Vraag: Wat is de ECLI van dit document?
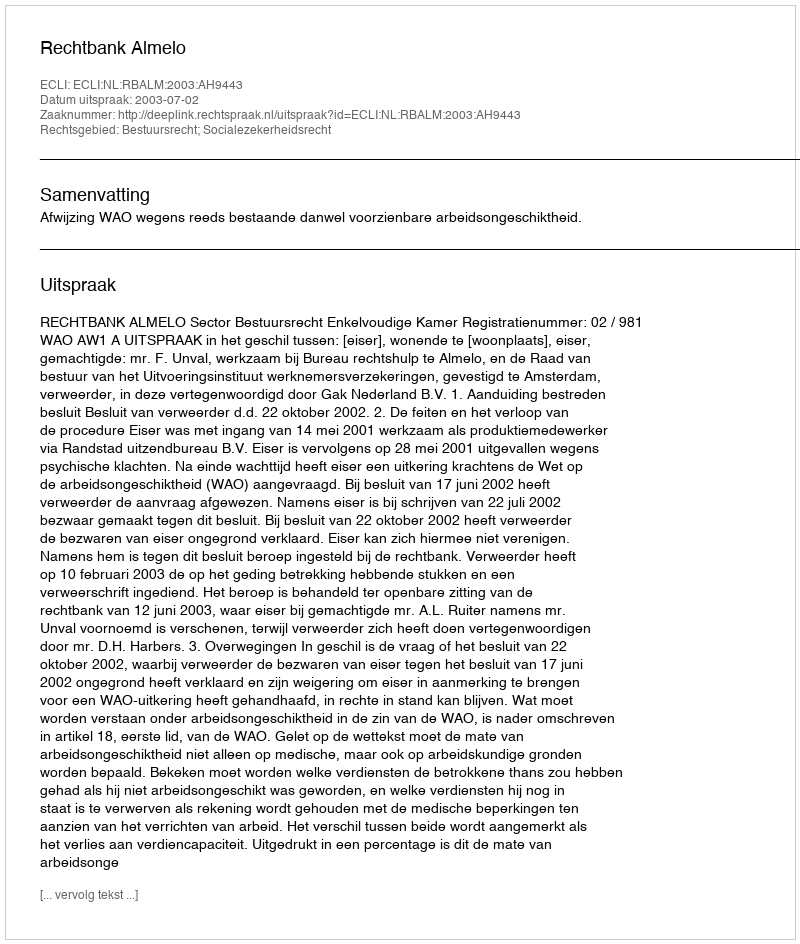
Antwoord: ECLI:NL:RBALM:2003:AH9443